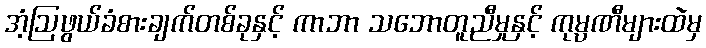
အံ့ဩဖွယ်ခံစားချက်တစ်ခုနှင့် ကာဘာ သဘောတူညီမှုနှင့် ကုမ္ပဏီများထဲမှ